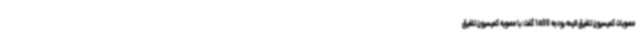
مصوبات کمیسیون تلفیق لایحه بودجه 1400 گفت: با مصوبه کمیسیون تلفیق